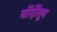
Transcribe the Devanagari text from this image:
नोंदींतून